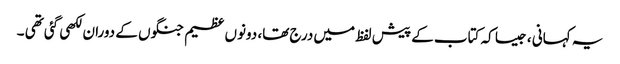
یہ کہانی ، جیسا کہ کتاب کے پیش لفظ میں درج تھا، دونوں عظیم جنگوں کے دوران لکھی گئی تھی ۔